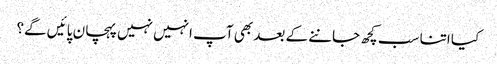
کیا اتنا سب کچھ جاننے کے بعد بھی آپ انہیں نہیں پہچان پائیں گے؟